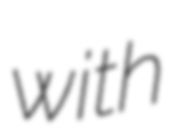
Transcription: with